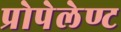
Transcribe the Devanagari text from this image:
प्रोपेलेण्ट